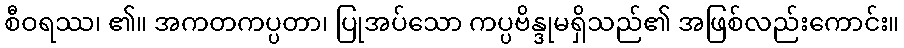
စီဝရဿ၊ ၏။ အကတကပ္ပတာ၊ ပြုအပ်သော ကပ္ပဗိန္ဒုမရှိသည်၏ အဖြစ်လည်းကောင်း။